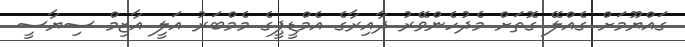
ގައްޔޫމަށް ގެއްލޭ ގޮތަށް މެދުހެންވޭރު ދާއިރާގެ އެމްޑީޕީގެ މެމްބަރު އަލީ އާޒިމް ސިޔާސީ